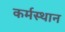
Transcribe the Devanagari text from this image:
कर्मस्थान